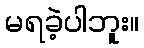
မရခဲ့ပါဘူး။